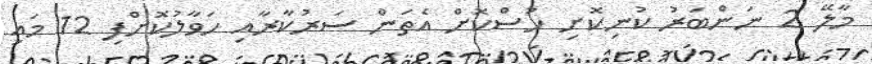
މާލޭ 2 ނަންބަރު ކުނިކޮށި ހުސްކޮށް އެތަން ސަރުކާރާއި ހަވާލުކޮށްފި 12 މައި